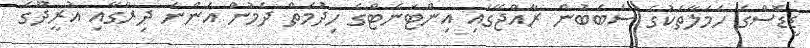
ޑީޑޮސްގެ ހަމަލާތަކުގެ ސަބަބުން ރާއްޖޭގައި އިންޓަނެޓްގެ ހިދުމަތް ދެމުން އަންނަ ދިރާގާއި އުރީދޫގެ